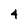
Character: 4